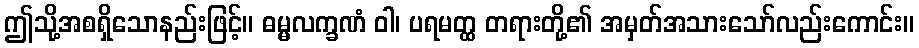
ဤသို့အစရှိသောနည်းဖြင့်။ ဓမ္မလက္ခဏံ ဝါ၊ ပရမတ္ထ တရားတို့၏ အမှတ်အသားသော်လည်းကောင်း။